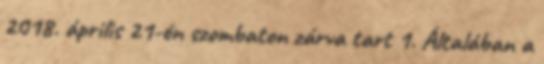
2018. április 21-én szombaton zárva tart 1. Általában a